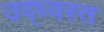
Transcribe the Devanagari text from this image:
उद्‌ध्‍वस्त